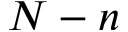
N - n